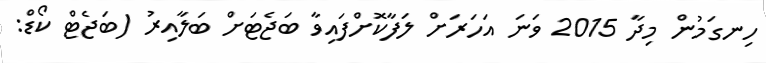
ހިނގަމުން މިދާ 2015 ވަނަ އަހަރަށް ލަފާކޮށްފައިވާ ބަޖެޓަށް ބަލާއިރު (ބަޖެޓް ކޯޑް: